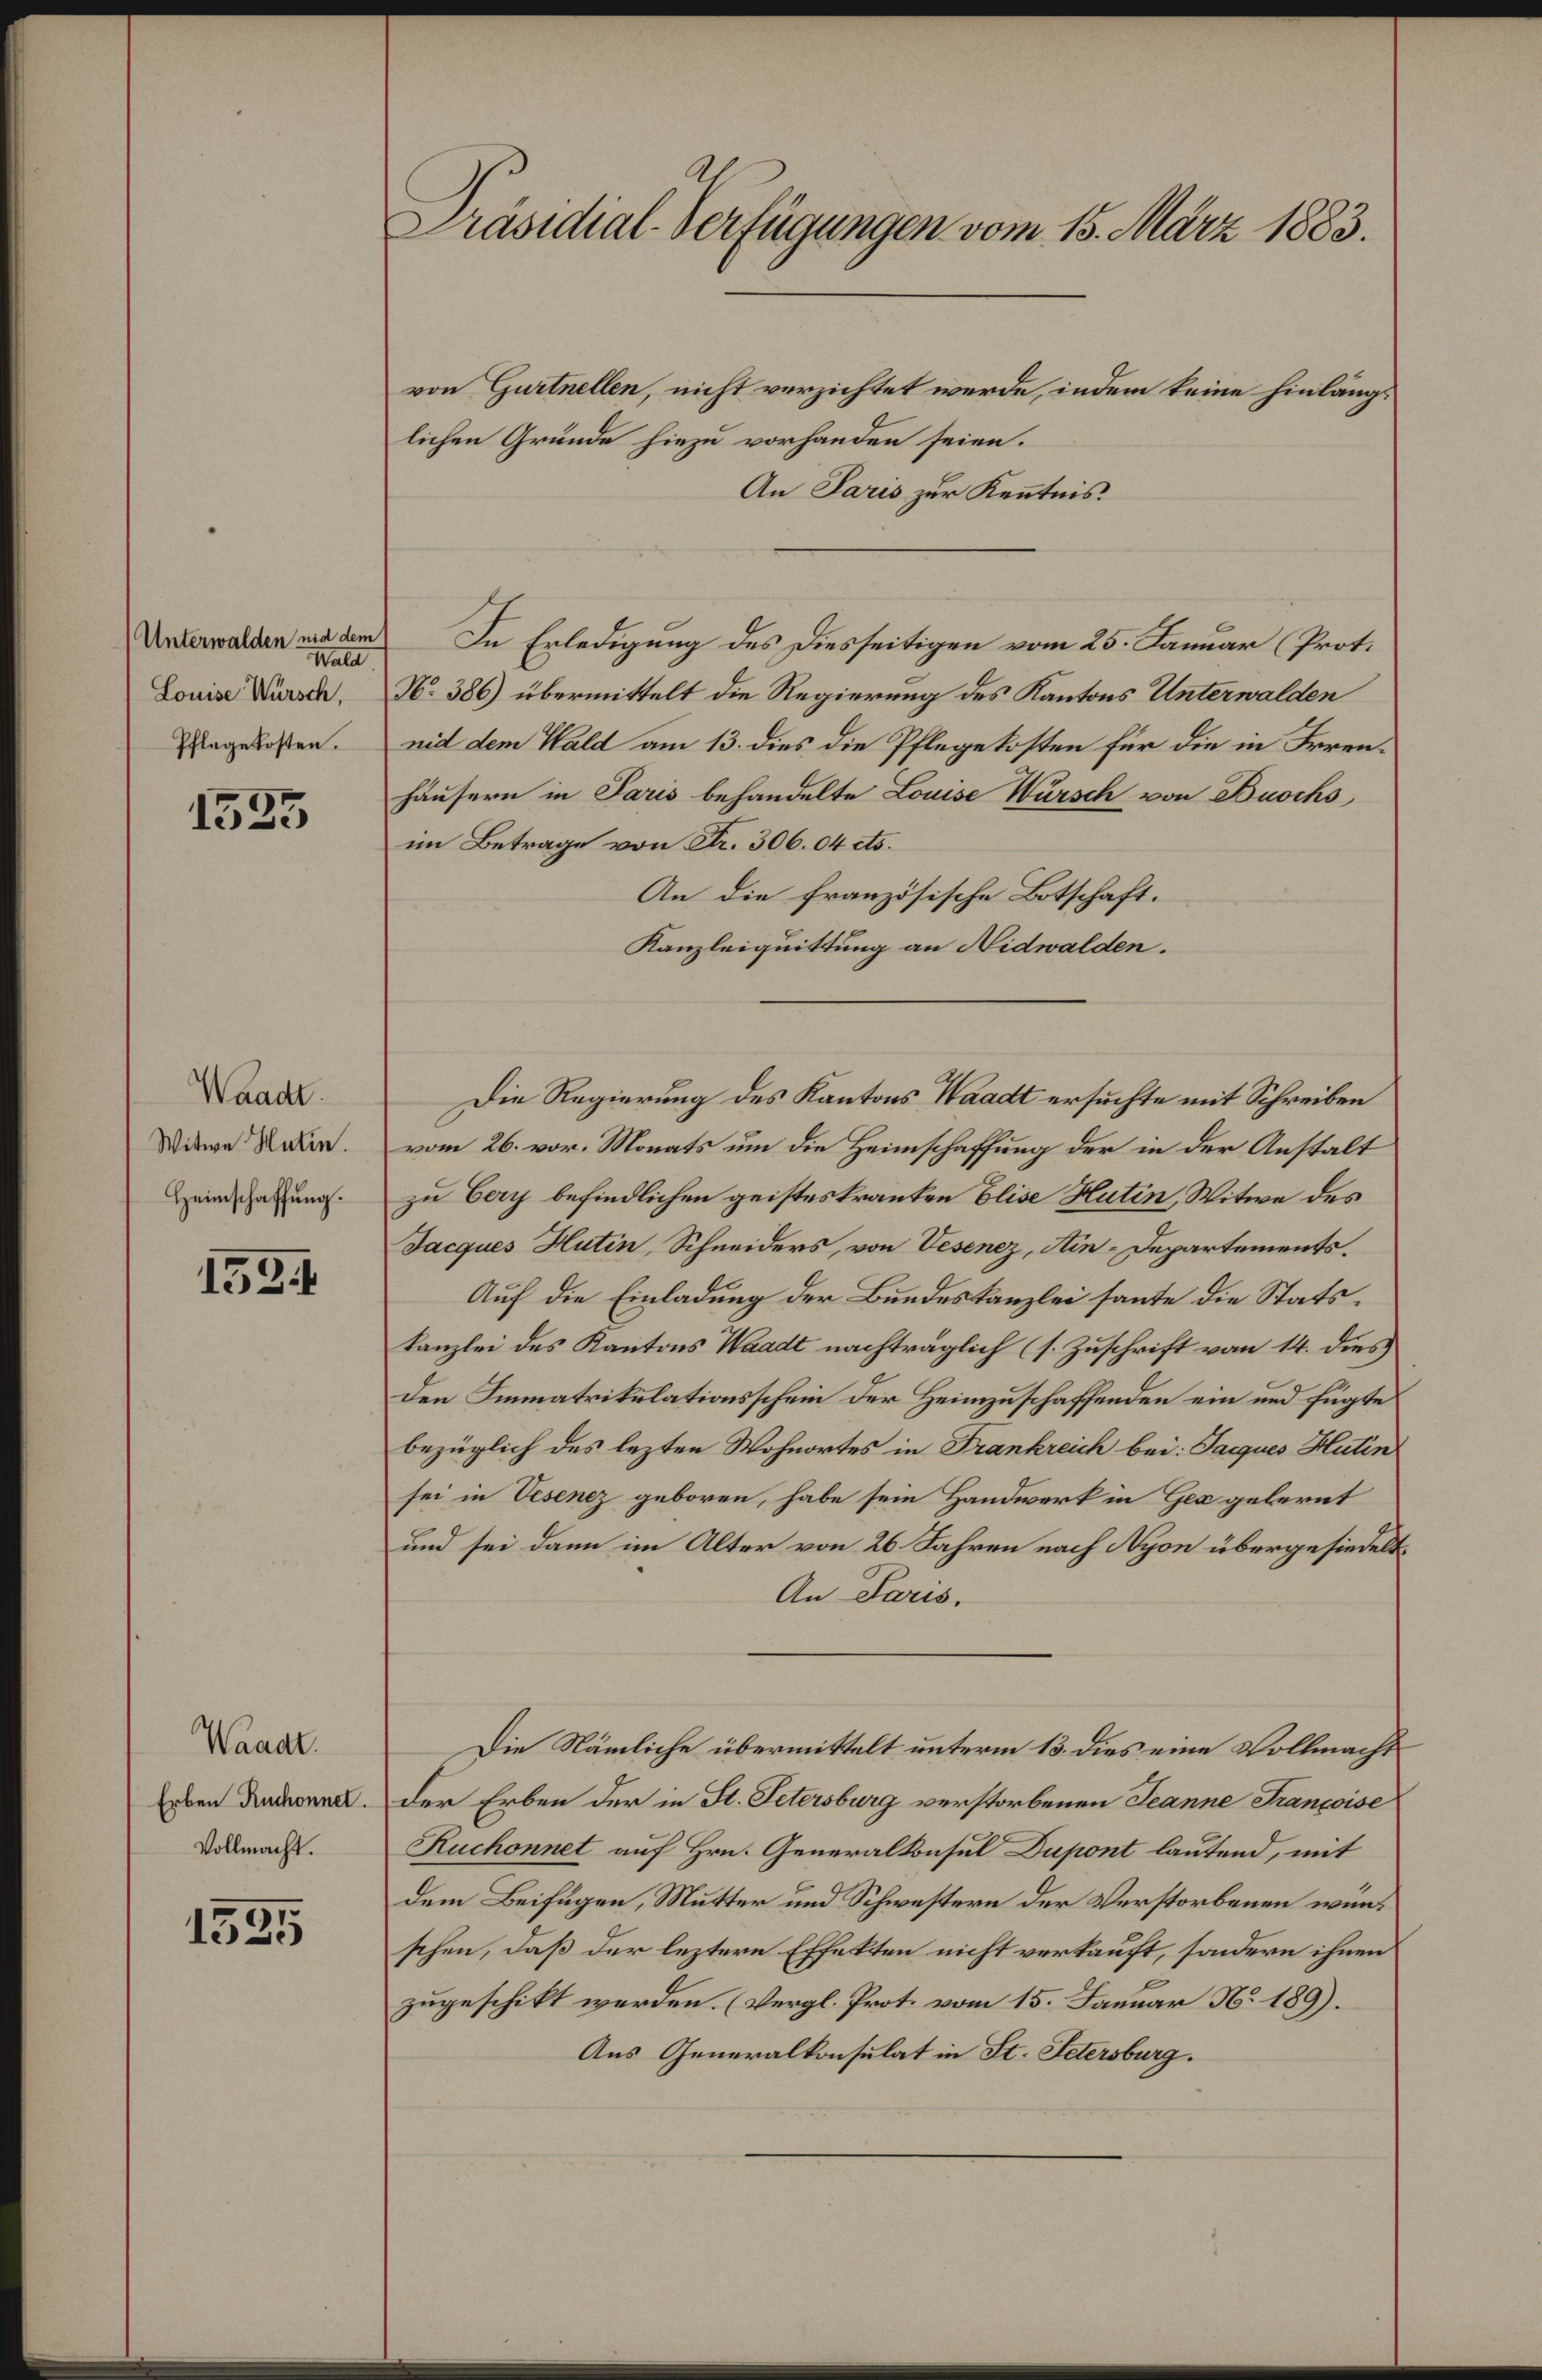
(Unterwalden nid dem
Wald
Louise Wursch,
Pflegekosten.

1525

Waadt.
Witwe Hutin.
Heimschaffung.

1534

Waadt.
Erben Ruchonnet.
Vollmacht.

1525

Präsidial-Verfügungen vom 15. März 1883.

von Gurtnellen, nicht verzichtet werde, indem keine hinlängs
lichen Gründe hiezu vorhanden seien.
An Paris zur Kenntnis.
In Erledigung des Diesseitigen vom 25. Januar (Prot.
N. 386) übermittelt die Regierung des Kantons Unterwalden
nid dem Hald am 13. dies die Pflegekosten für die in Irrenhäusern in Paris behandelte Louise Würsch von Buochs
im Betrage von Fr. 306. 04 cts.
An die französische Botschaft.
Kanzleiquittung an Nidwalden.
Die Regierung des Kantons Waadt ersuchte mit Schreiben
vom 26. vor. Monats um die Heimschaffung der in der Anstalt
zu Cary befindlichen geistes kranken Elise Hutin, Witwe des
Jacques Hutin, Schneiders, von Vesenez, Ain-Departements.
Auf die Einladung der Bundeskanzlei heute die Statskanzlei des Kantons Waadt nachträglich (s. Zuschrift vom 14. dies
den Immatrikulationsschein der Heimzuschaffenden ein und fügte
bezüglich des lezten Wohnortes in Frankreich bei: Jacques Huten
sei in Vesenez geboren, habe sein Handwerk in Gec gelernt
und sei dann im Alter von 26. Jahren nach Nyon übergesiedelt
An Paris.
Die Nämliche übermittelt unterm 13. dies eine Vollmacht
der Erben der in St. Petersburg verstorbenen Jeanne Françoise
Ruchonnet auf Hrn. Generalkonsul Dupont lautend, mit
dem Beifügen, Mutter und Schwestern der Verstorbenen wünschen, daß der leztere Effekten nicht verkauft, sondern ihnen
zugeschikt werden. (Vergl. Prot. vom 15. Januar N. 189).
Aus Generalkonsulat in St. Petersburg.